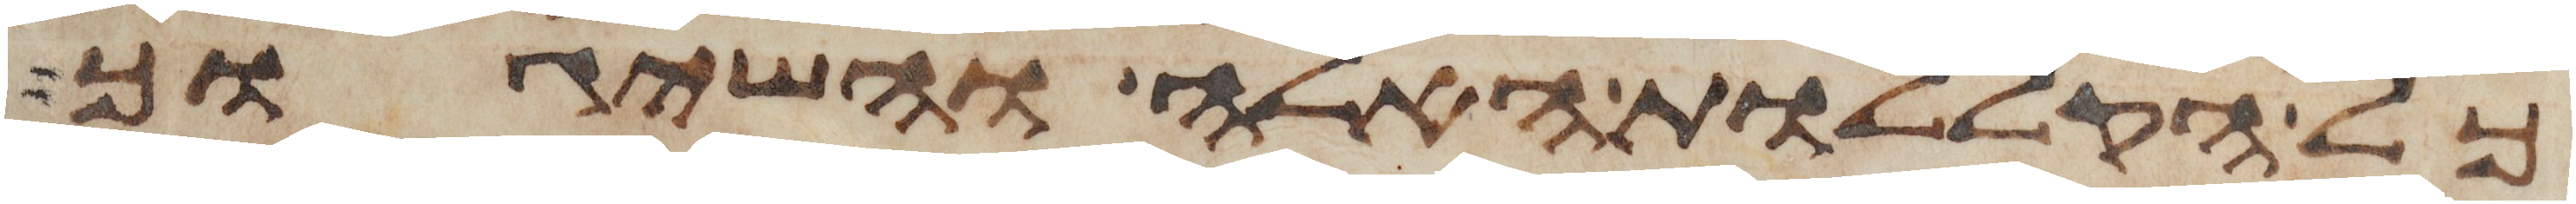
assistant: כל הקללות האלה והשיגוך